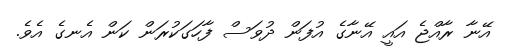
އޭނާ ރާއްޖެ އައީ އޭނާގެ އުފަން ދުވަސް ފާހަގަކުރަން ކަން އެނގެ އެވެ.